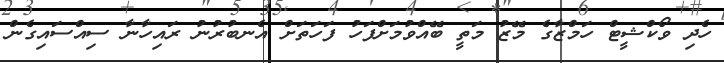
ހެދި ވޯކްޝީޓް ހަމްޒާގެ މޭޒު މަތީ ބޭއްވުމަށްފަހު ފަހަތަށް އެނބުރުނު ރައިހާނާ ސިއްސައިގެން